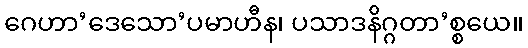
ဂေဟာ’ဒေသော’ပမာဟီန၊ ပသာဒနိဂ္ဂတာ’စ္စယေ။